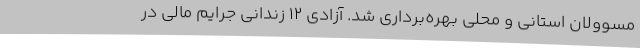
مسوولان استانی و محلی بهره‌برداری شد. آزادی ۱۲ زندانی جرایم مالی در